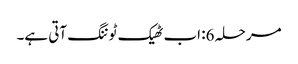
مرحلہ 6: اب ٹھیک ٹوننگ آتی ہے۔